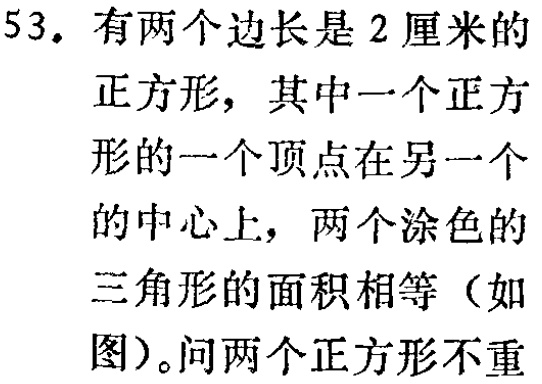
53. 有两个边长是 2 厘米的

正方形，其中一个正方

形的一个顶点在另一个

的中心上，两个涂色的

三角形的面积相等（如

图）。问两个正方形不重